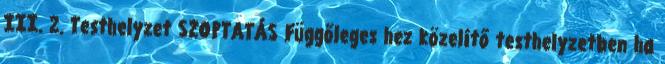
III. 2. Testhelyzet SZOPTATÁS Függőleges hez közelítő testhelyzetben ha